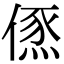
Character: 𠍪